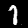
Digit: 1